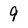
Character: 9